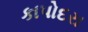
કાપોદરા